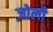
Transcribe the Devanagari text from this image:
ज़ोली